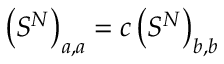
\left( S ^ { N } \right) _ { a , a } = c \left( S ^ { N } \right) _ { b , b }